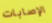
الإصابات